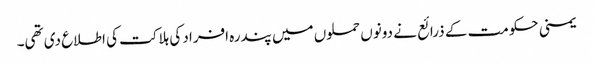
یمنی حکومت کے ذرائع نے دونوں حملوں میں پندرہ افراد کی ہلاکت کی اطلاع دی تھی۔